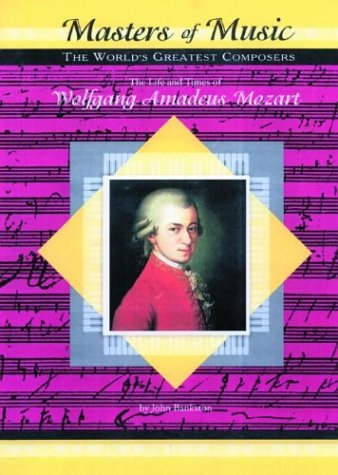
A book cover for Wolfgang Amadeus Mozart (Musicmakers: World's Greatest Composers) (Masters of Music); John Bankston; Teen & Young Adult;